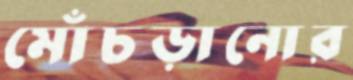
মোঁচড়ানোর